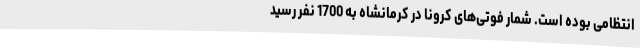
انتظامی بوده است. شمار فوتی‌های کرونا در کرمانشاه به 1700 نفر رسید